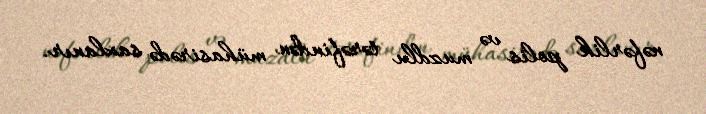
nəfərlik polis və muzdlu tərəfindən mühasirədə saxlanır.